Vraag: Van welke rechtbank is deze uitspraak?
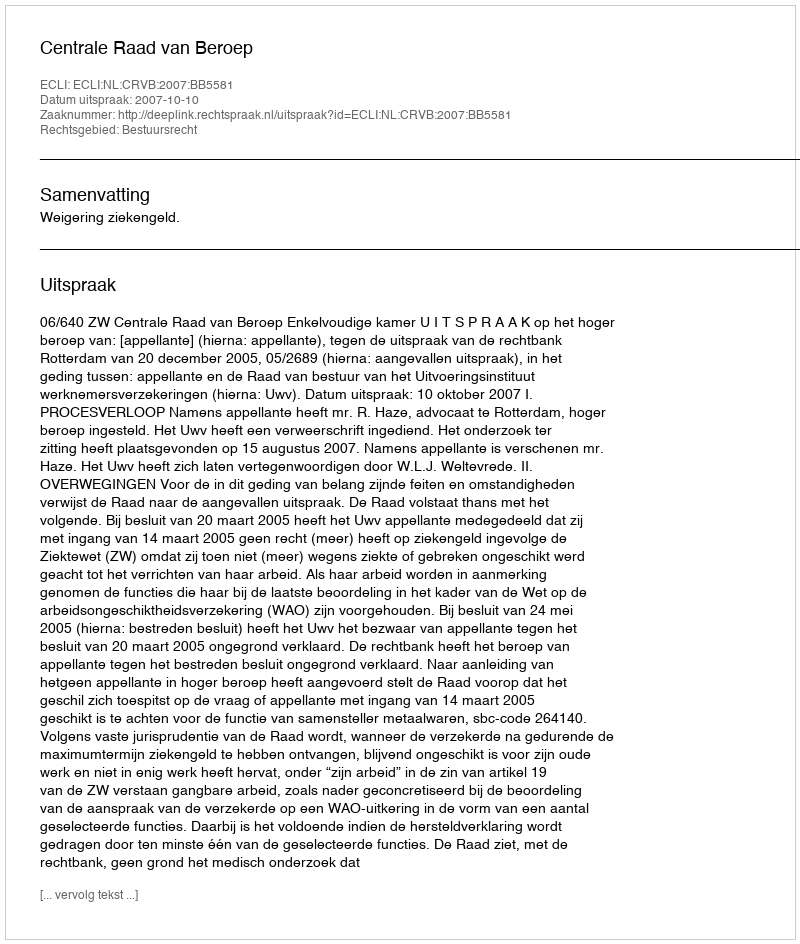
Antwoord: Centrale Raad van Beroep